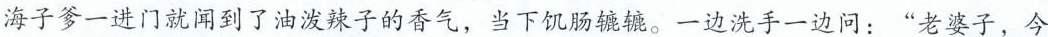
海子爹一进门就闻到了油泼辣子的香气，当下饥肠辘辘。一边洗手一边问：”老婆子，今